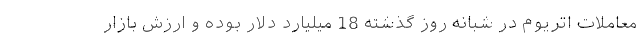
معاملات اتریوم در شبانه روز گذشته 18 میلیارد دلار بوده و ارزش بازار